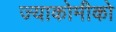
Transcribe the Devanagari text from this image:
ज्याकोमीको